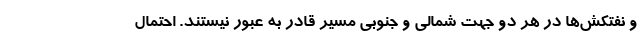
و نفتکش‌ها در هر دو جهت شمالی و جنوبی مسیر قادر به عبور نیستند. احتمال